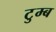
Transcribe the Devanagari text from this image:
टुम्ब